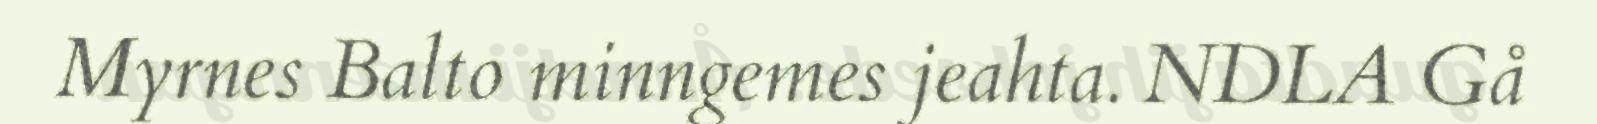
Myrnes Balto minngemes jeahta. NDLA Gå